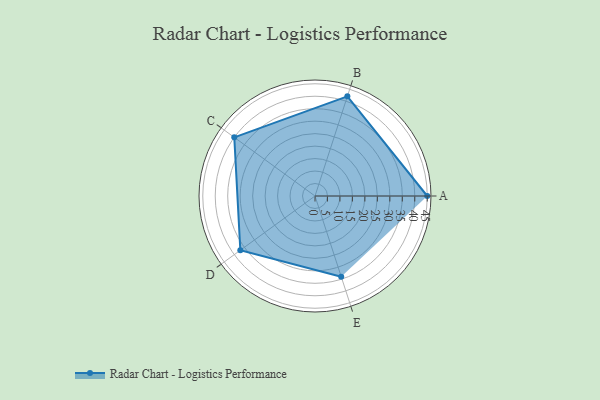
{"axis": {"x": "Skill", "y": "Score"}, "legend": ["Profile"], "data": [{"x": "A", "y": 45.0, "type": "Profile"}, {"x": "B", "y": 42.0, "type": "Profile"}, {"x": "C", "y": 40.0, "type": "Profile"}, {"x": "D", "y": 37.0, "type": "Profile"}, {"x": "E", "y": 34.0, "type": "Profile"}]}